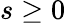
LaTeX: s\ge 0